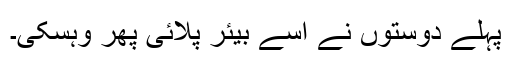
پہلے دوستوں نے اُسے بیئر پلائی پھر وہسکی۔